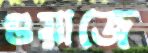
গুয়াজে